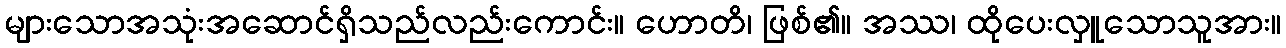
များသောအသုံးအဆောင်ရှိသည်လည်းကောင်း။ ဟောတိ၊ ဖြစ်၏။ အဿ၊ ထိုပေးလှူသောသူအား။